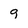
Character: g